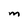
Character: m